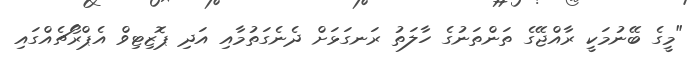
"މީގެ ބޭނުމަކީ ރާއްޖޭގެ ތަންތަނުގެ ހާލަތު ރަނގަޅަށް ދެނެގަތުމާއި އަދި ޕޮޒިޓިވް އެޕްރޯޗެއްގައި